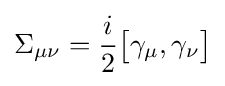
\Sigma _{\mu \nu }={\frac {i}{2}}{\bigl [}\gamma _{\mu },\gamma _{\nu }{\bigr ]}